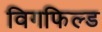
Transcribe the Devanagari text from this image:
विगफिल्ड